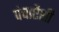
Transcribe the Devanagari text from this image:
पंचाऐंशी